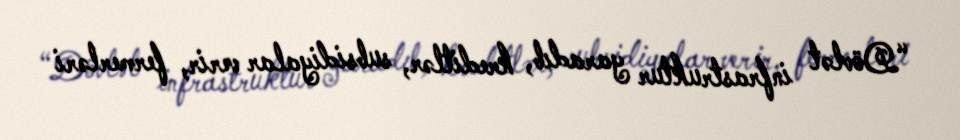
“Dövlət infrastruktur yaradıb, kreditlər, subsidiyalar verir, fermerləri